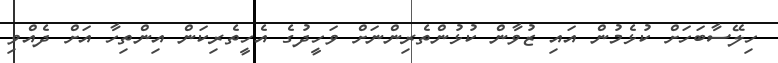
ހިލޭސާބަހަށް ކުޅެމުން އައި ޒުވާން ކުޅުންތެރިންނަށް ވަހީދުގެ އެހީތެރިކަން އިންތިހާ އަށް ދެއްވި